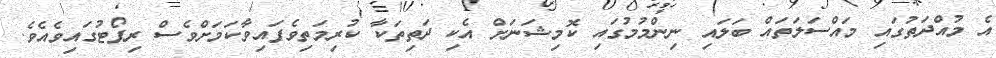
އެ މުއްދަތުގައި މައްސަލަތައް ބަލައި ނިންމުމުގައި ކޮމިޝަނަށް އެކި ދަތިތަކާ ކުރިމަތިވެފައިވާކަމަށްވެސް ރިޕޯޓުގައިވެއެވެ.